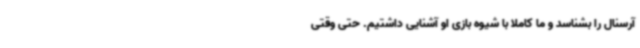
آرسنال را بشناسد و ما کاملا با شیوه بازی او آشنایی داشتیم. حتی وقتی